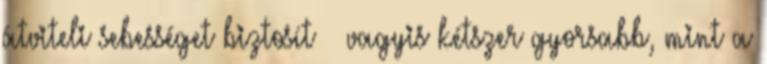
átviteli sebességet biztosít – vagyis kétszer gyorsabb, mint a